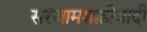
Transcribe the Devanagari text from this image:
सरंजामशाहीवादी